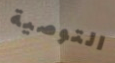
التوصية